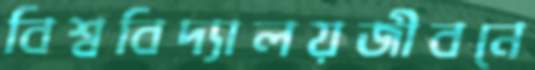
বিশ্ববিদ্যালয়জীবনে